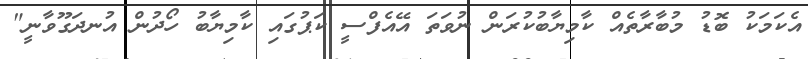
އެކަމަކު ބޮޑު މުބާރާތެއް ކާމިޔާބުކުރަން ނުވަތަ އޭއެފްސީ ކަޕުގައި ކާމިޔާބު ހޯދުން އުނދަގޫވާނީ"